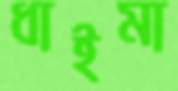
ধাইমা